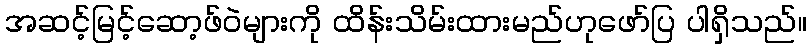
အဆင့်မြင့်ဆော့ဖ်ဝဲများကို ထိန်းသိမ်းထားမည်ဟုဖော်ပြ ပါရှိသည်။